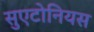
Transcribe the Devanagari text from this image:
सुएटोनियस